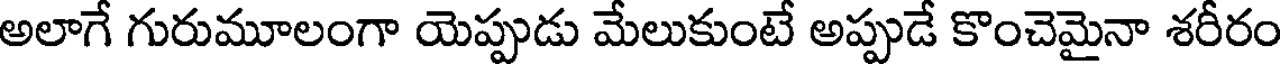
అలాగే గురుమూలంగా యెప్పుడు మేలుకుంటే అప్పుడే కొంచెమైనా శరీరం